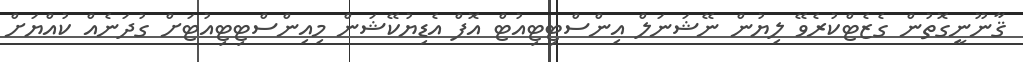
ޤާނޫނީގޮތުން ގެޒެޓްކުރެވޭ ލިޔުން ނޭޝަނަލް އިންސްޓިޓިއުޓް އޮފް އެޑިޔުކޭޝަން މިއިންސްޓިޓިއުޓަށް ގުދަނެއް ކުއްޔަށް